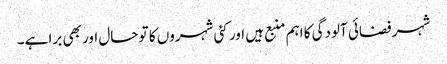
شہر فضائی آلودگی کا اہم منبع ہیں اور کئی شہروں کا تو حال اور بھی برا ہے۔